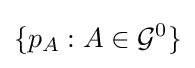
\{p_{A}:A\in {\mathcal {G}}^{0}\}